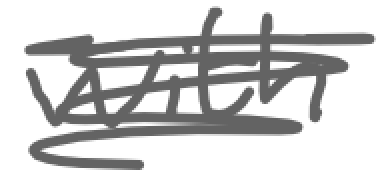
Text: with
Cross-out: scratch
Writing tool: digital_gray